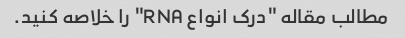
مطالب مقاله "درک انواع RNA" را خلاصه کنید.